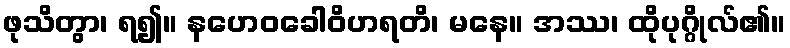
ဖုသိတွာ၊ ရ၍။ နဟေဝခေါဝိဟရတိ၊ မနေ။ အဿ၊ ထိုပုဂ္ဂိုလ်၏။